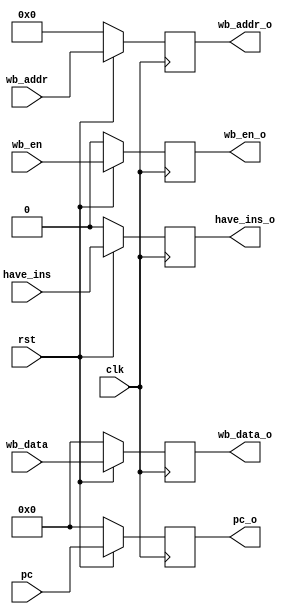
module buffer4 (
    input rst,
    input clk,
    input  wb_en,
    input [4:0] wb_addr,
    input [31:0] wb_data,
    output reg  wb_en_o,
    output reg [4:0] wb_addr_o,
    output reg [31:0] wb_data_o,
    input [31:0] pc,
    output reg [31:0] pc_o,
    input have_ins,
    output reg have_ins_o
);
 always @(posedge clk) begin
      if(~rst) begin   
          wb_en_o <= 'b0;
          wb_addr_o <= 'b0;
          wb_data_o <= 'b0;
          pc_o <=0;
          have_ins_o <= 'b0;
      end else begin
          wb_en_o <= wb_en;
          wb_addr_o <= wb_addr; 
          wb_data_o <= wb_data;
          pc_o<= pc;
          have_ins_o <= have_ins;
      end
end
    
endmodule